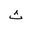
Letter: _tha